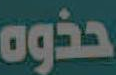
حذوه